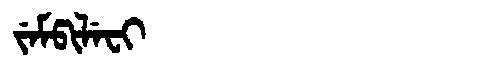
Manchu: ᠵᡝᠮᡦᡳᠯᡝᠸᡳ
Romanization: JEMPILEFI